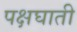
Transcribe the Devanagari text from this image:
पक्षघाती